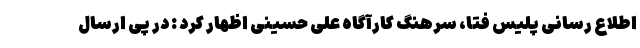
اطلاع رسانی پلیس فتا، سرهنگ کارآگاه علی حسینی اظهار کرد : در پی ارسال